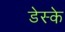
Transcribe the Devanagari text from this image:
डेस्के